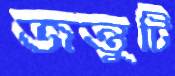
জন্তুটি